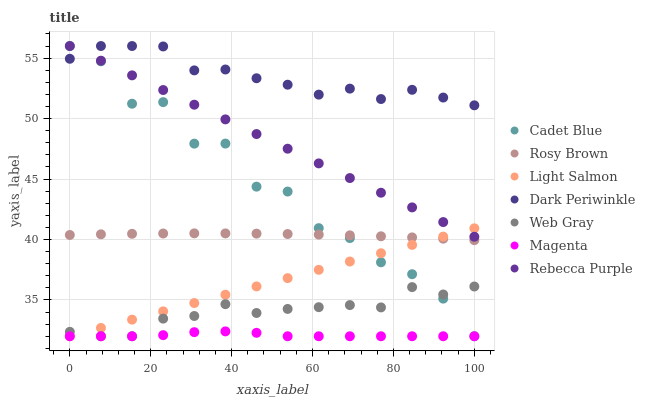
| xaxis_label | Cadet Blue | Rosy Brown | Light Salmon | Dark Periwinkle | Web Gray | Magenta | Rebecca Purple |
 | --- | --- | --- | --- | --- | --- | --- | --- |
 | 0 | 56 | 40.4 | 32 | 54.9 | 32.4 | 32 | 56 |
 | 7.69 | 54.7 | 40.4 | 32.7 | 56 | 32 | 32 | 54.8 |
 | 15.4 | 51.2 | 40.5 | 33.4 | 56 | 32 | 32 | 53.6 |
 | 23.1 | 51.4 | 40.5 | 34.1 | 56 | 33.5 | 32.1 | 52.4 |
 | 30.8 | 47.9 | 40.5 | 34.7 | 54 | 33.7 | 32.3 | 51.1 |
 | 38.5 | 47.9 | 40.5 | 35.4 | 54.1 | 34.7 | 32.4 | 49.9 |
 | 46.2 | 44.4 | 40.5 | 36.1 | 53.3 | 33.9 | 32.3 | 48.7 |
 | 53.8 | 44 | 40.5 | 36.8 | 52.8 | 34.3 | 32 | 47.5 |
 | 61.5 | 40.9 | 40.4 | 37.5 | 52 | 34.4 | 32 | 46.3 |
 | 69.2 | 40.1 | 40.3 | 38.2 | 52.5 | 34.6 | 32 | 45.1 |
 | 76.9 | 38.1 | 40.3 | 38.9 | 51.6 | 34.4 | 32 | 43.9 |
 | 84.6 | 37.1 | 40.2 | 39.6 | 52.4 | 36.1 | 32 | 42.7 |
 | 92.3 | 35.1 | 40.1 | 40.2 | 51.7 | 35.5 | 32 | 41.4 |
 | 100 | 32 | 39.9 | 40.9 | 51.1 | 36.1 | 32 | 40.2 |